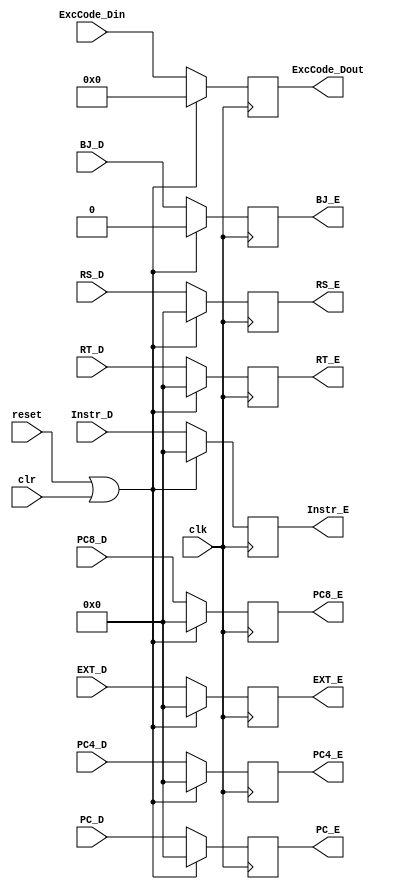
`timescale 1ns / 1ps
//////////////////////////////////////////////////////////////////////////////////
// Company: 
// Engineer: 
// 
// Design Name: 
// Module Name:    de 
// Project Name: 
// Target Devices: 
// Tool versions: 
// Description: 
//
// Dependencies: 
//
// Revision: 
// Revision 0.01 - File Created
// Additional Comments: 
//
//////////////////////////////////////////////////////////////////////////////////
module de(
    input clk,
    input reset,
    input clr,
    input [31:0] Instr_D,
    input [31:0] RS_D,
    input [31:0] RT_D,
    input [31:0] EXT_D,
	 input [31:0] PC_D,
    input [31:0] PC4_D,
	 input [31:0] PC8_D,
	 input [4:0] ExcCode_Din,
	 input BJ_D,
    output reg [31:0] Instr_E,
    output reg [31:0] RS_E,
    output reg [31:0] RT_E,
    output reg [31:0] EXT_E,
	 output reg [31:0] PC_E,
    output reg [31:0] PC4_E,
	 output reg [31:0] PC8_E,
	 output reg [4:0] ExcCode_Dout,
	 output reg BJ_E
    );
initial begin
	Instr_E=0;
	RS_E=0;
	RT_E=0;
	EXT_E=0;
	PC_E=0;
	PC4_E=0;
	PC8_E=0;
	ExcCode_Dout=0;
	BJ_E=0;
end
always @(posedge clk)begin
	if((reset==1)||(clr==1))begin
		Instr_E=0;
		RS_E=0;
		RT_E=0;
		EXT_E=0;
		PC_E=0;
		PC4_E=0;
		PC8_E=0;
		ExcCode_Dout=0;
		BJ_E=0;
	end
	else begin
		Instr_E=Instr_D;
		RS_E=RS_D;
		RT_E=RT_D;
		EXT_E=EXT_D;
		PC_E=PC_D;
		PC4_E=PC4_D;
		PC8_E=PC8_D;
		ExcCode_Dout=ExcCode_Din;
		BJ_E=BJ_D;
	end
end
endmodule